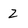
Character: 2